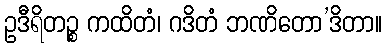
ဥဒီရိတဉ္စ ကထိတံ၊ ဂဒိတံ ဘဏိတော’ဒိတာ။